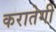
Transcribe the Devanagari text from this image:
करातेगी